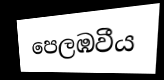
පෙලඹවීය